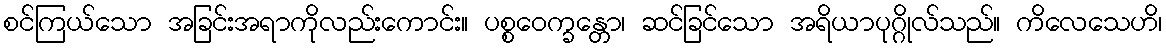
စင်ကြယ်သော အခြင်းအရာကိုလည်းကောင်း။ ပစ္စဝေက္ခန္တော၊ ဆင်ခြင်သော အရိယာပုဂ္ဂိုလ်သည်။ ကိလေသေဟိ၊